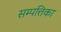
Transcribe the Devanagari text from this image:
सम्पत्तिका